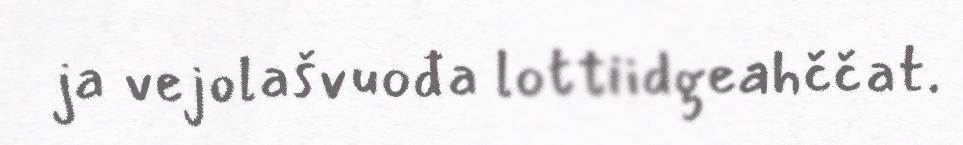
ja vejolašvuođa lottiidgeahččat.